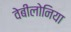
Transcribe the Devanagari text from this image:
वेबीलोनिया